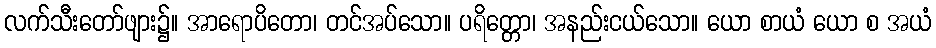
လက်သီးတော်ဖျား၌။ အာရောပိတော၊ တင်အပ်သော။ ပရိတ္တော၊ အနည်းငယ်သော။ ယော စာယံ ယော စ အယံ